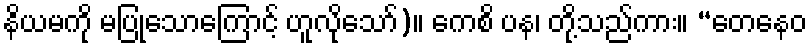
နိယမကို မပြုသောကြောင့် ဟူလိုသော်)။ ကေစိ ပန၊ တို့သည်ကား။ “တေနေဝ